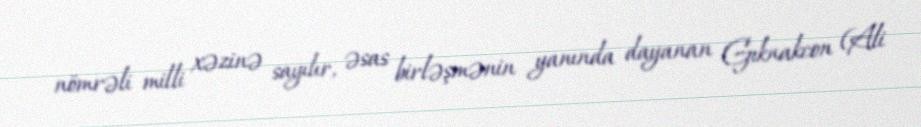
nömrəli milli xəzinə sayılır, əsas birləşmənin yanında dayanan Gıknakcon (Ali